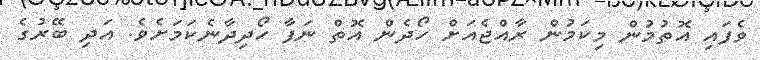
ވެފައި އޮތުމުން މިކަމުން ރާއްޖެއަށް ހޯދެން އޮތް ނަފާ ހޯދިދާނެކަމަށެވެ. އަދި ބޭރުގެ